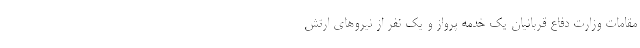
مقامات وزارت دفاع قربانیان یک خدمه پرواز و یک نفر از نیروهای ارتش